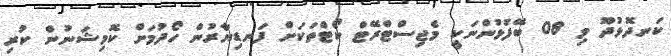
ކަނދޮޅުދޫ މި 08 ބޭފުޅުންނަކީ މެޖިސްޓްރޭޓް ކޯޓްތަކަށް ފަނޑިޔާރުން ހޯދުމަށް ކޮމިޝަނުން ކުރި